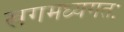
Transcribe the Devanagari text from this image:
खगमध्यगतः